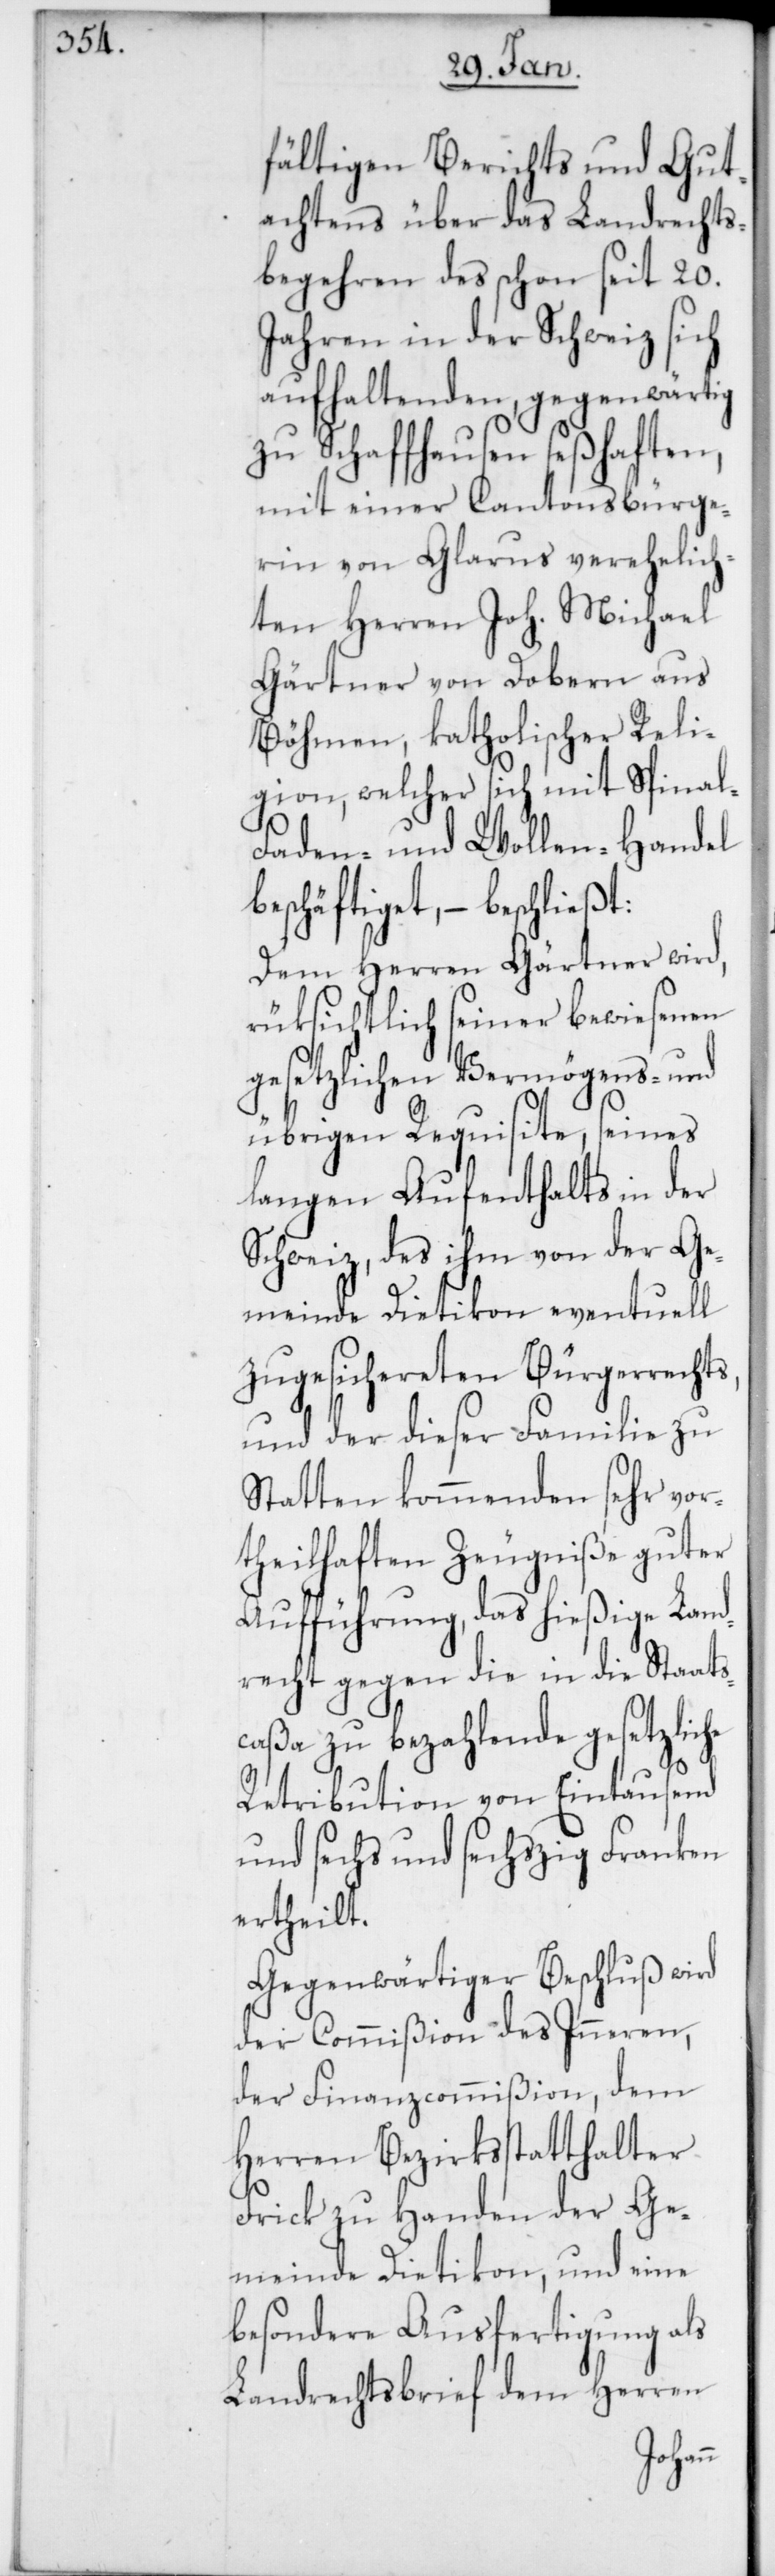
fältigen Berichts und Gut¬
achtens über das Landrechts¬
begehren des schon seit 20.
Jahren in der Schweiz sich
aufhaltenden, gegenwärtig
zu Schaffhausen seßhaften,
mit einer Cantonsbürge¬
rin von Glarus verehelich¬
ten Herren Joh. Michael
Gärtner von Dobern aus
Böhmen, katholischer Reli¬
gion, welcher sich mit Spinal-,
Faden- und Wollen-Handel
beschäftiget, – beschließt:
Dem Herren Gärtner wird,
rüksichtlich seiner bewiesenen
gesetzlichen Vermögens- und
übrigen Requisite, seines
langen Aufenthalts in der
Schweiz, des ihm von der Ge¬
meinde Dietikon eventuell
zugesichereten Bürgerrechts,
und der dieser Familie zu
Statten kommenden sehr vor¬
theilhaften Zeugniße guter
Aufführung, das hießige Land¬
recht gegen die in die Staats¬
caßa zu bezahlende gesetzliche
Retribution von Eintausend
und sechs und sechszig Franken
ertheilt.
Gegenwärtiger Beschluß wird
der Commißion des Inneren,
der Finanzcommißion, dem
Herren Bezirksstatthalter
Frick zu Handen der Ge¬
meinde Dietikon, und eine
besondere Ausfertigung als
Landrechtsbrief dem Herren